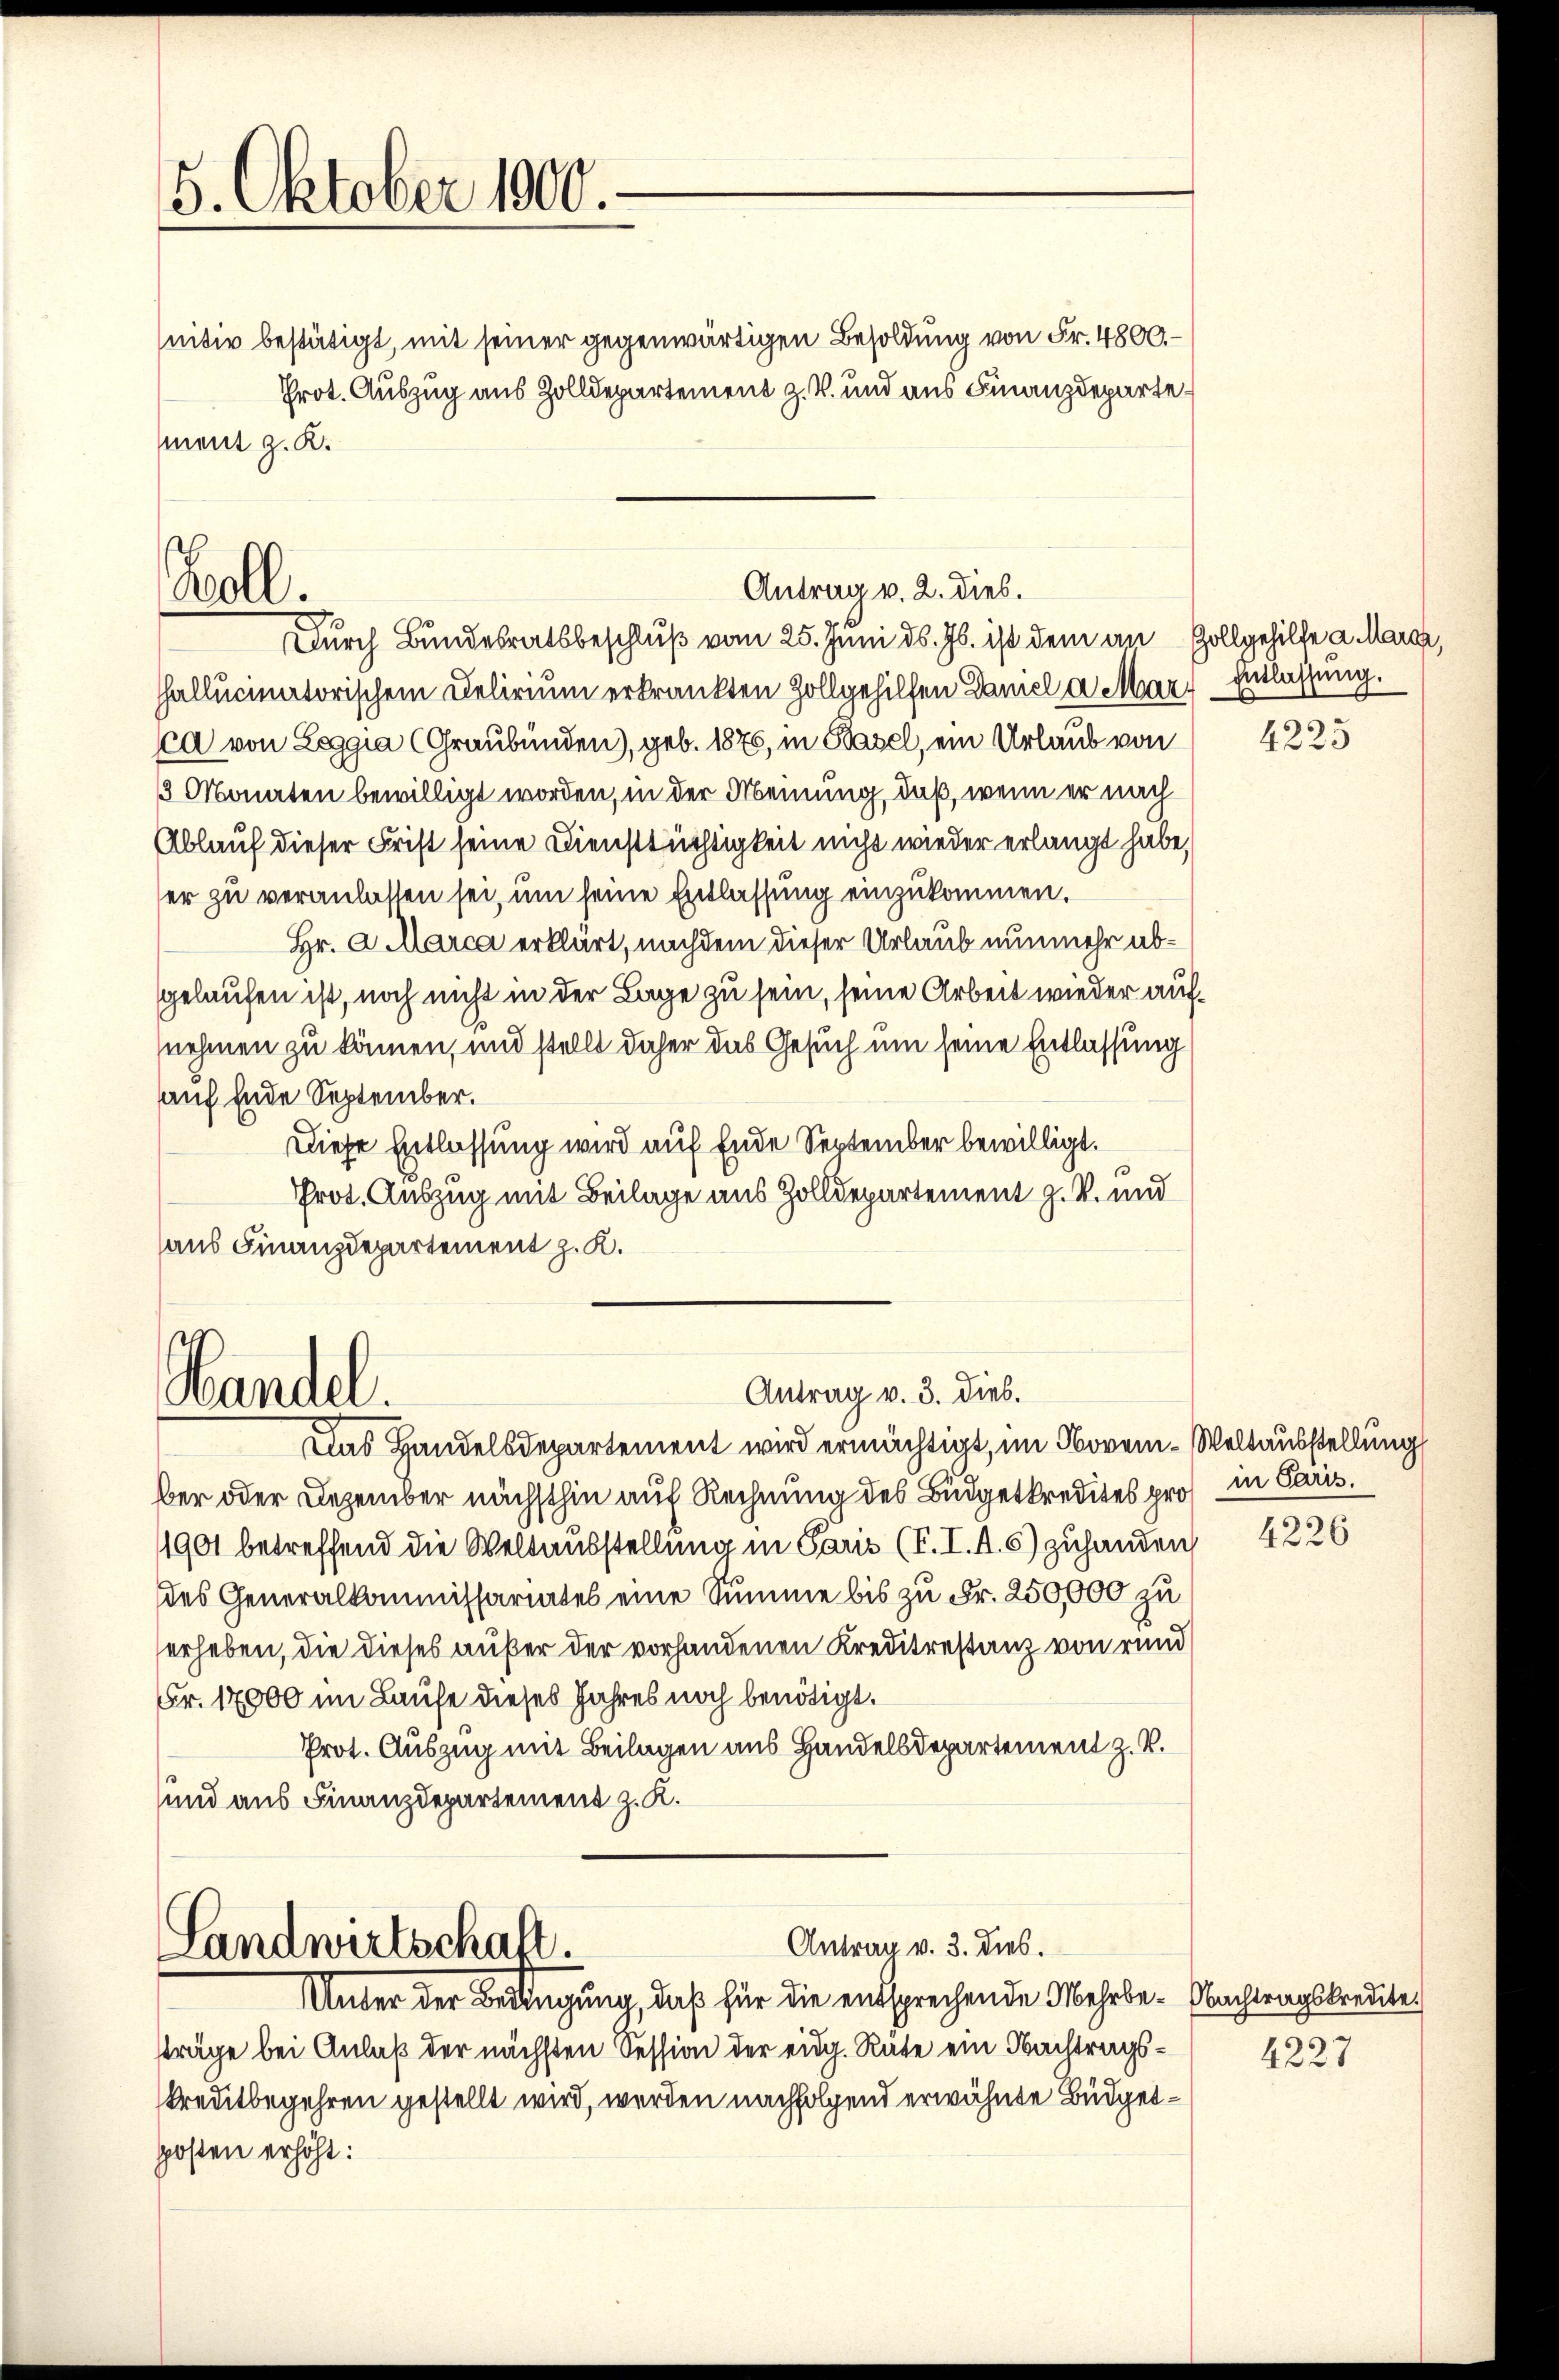
5. Oktober 1900.

nitiv bestätigt, mit seiner gegenwärtigen Besoldung von Fr. 4800.-
ment z. K.

Woll.

Durch Bundesratsbeschluß vom 25. Juni d. Js. ist dem an Hollgehilfe a. Marca,
hallucinatorischem Delirium erkrankten Zollgehilfen Damel a Mar. Einlassung.
ca von Leggia (Graubünden), geb. 1876, in Basel, ein Urlaub von
3 Monaten bewilligt worden, in der Meinung, daß, wenn er nach
Ablauf dieser Frist seine Diensttüchtigkeit nicht wieder erlangt habe,
er zu veranlassen sei, um seine Entlassung einzukommen.
Hr. a. Marca erklärt, nachdem dieser Urlaub nunmehr abgelaufen ist, noch nicht in der Lage zu sein, seine Arbeit wieder aufnehmen zu können, und stellt daher das Gesuch um seine Entlassung
auf Ende September.
Diese Entlassung wird auf Ende September bewilligt.
Prot. Auszug mit Beilage aus Zolldepartement z. B. und
aus Finanzdepartement z. K.
Antrag v. 3. dies.
Wandel.
Das Handelsdepartement wird ermächtigt, im Novem-Weltausstellung
ber oder Dezember nächsthin auf Rechnung des Büdgetkredites pro
1901 betreffend die Weltausstellung in Paris (T. I. A. 5) zuhanden 4226
des Generalkommissariates eine Summe bis zu Fr. 250,000 zu
erheben, die dieses außer der vorhandenen Kreditrestanz von rund
Fr. 17000 im Laufe dieses Jahres noch benötigt.
Prot. Auszug mit Beilagen aus Handelsdepartement z. B.
und aus Finanzdepartement z. K.

Prot. Auszug aus Zolldepartement z. B. und aus Finanzdeparte¬

Antrag v. 2. dies.

Antrag v. 3. dies.
Landwirtschaft.

Unter der Bedingung, daß für die entsprechende Mehrbe- Nachtragskredite
sträge bei Anlaß der nächsten Session der eidg. Rate ein Nachtragskreditbegehren gestellt wird, werden nachfolgend erwähnte Büdgetposten erhöht:

4225

in Paris.

4227